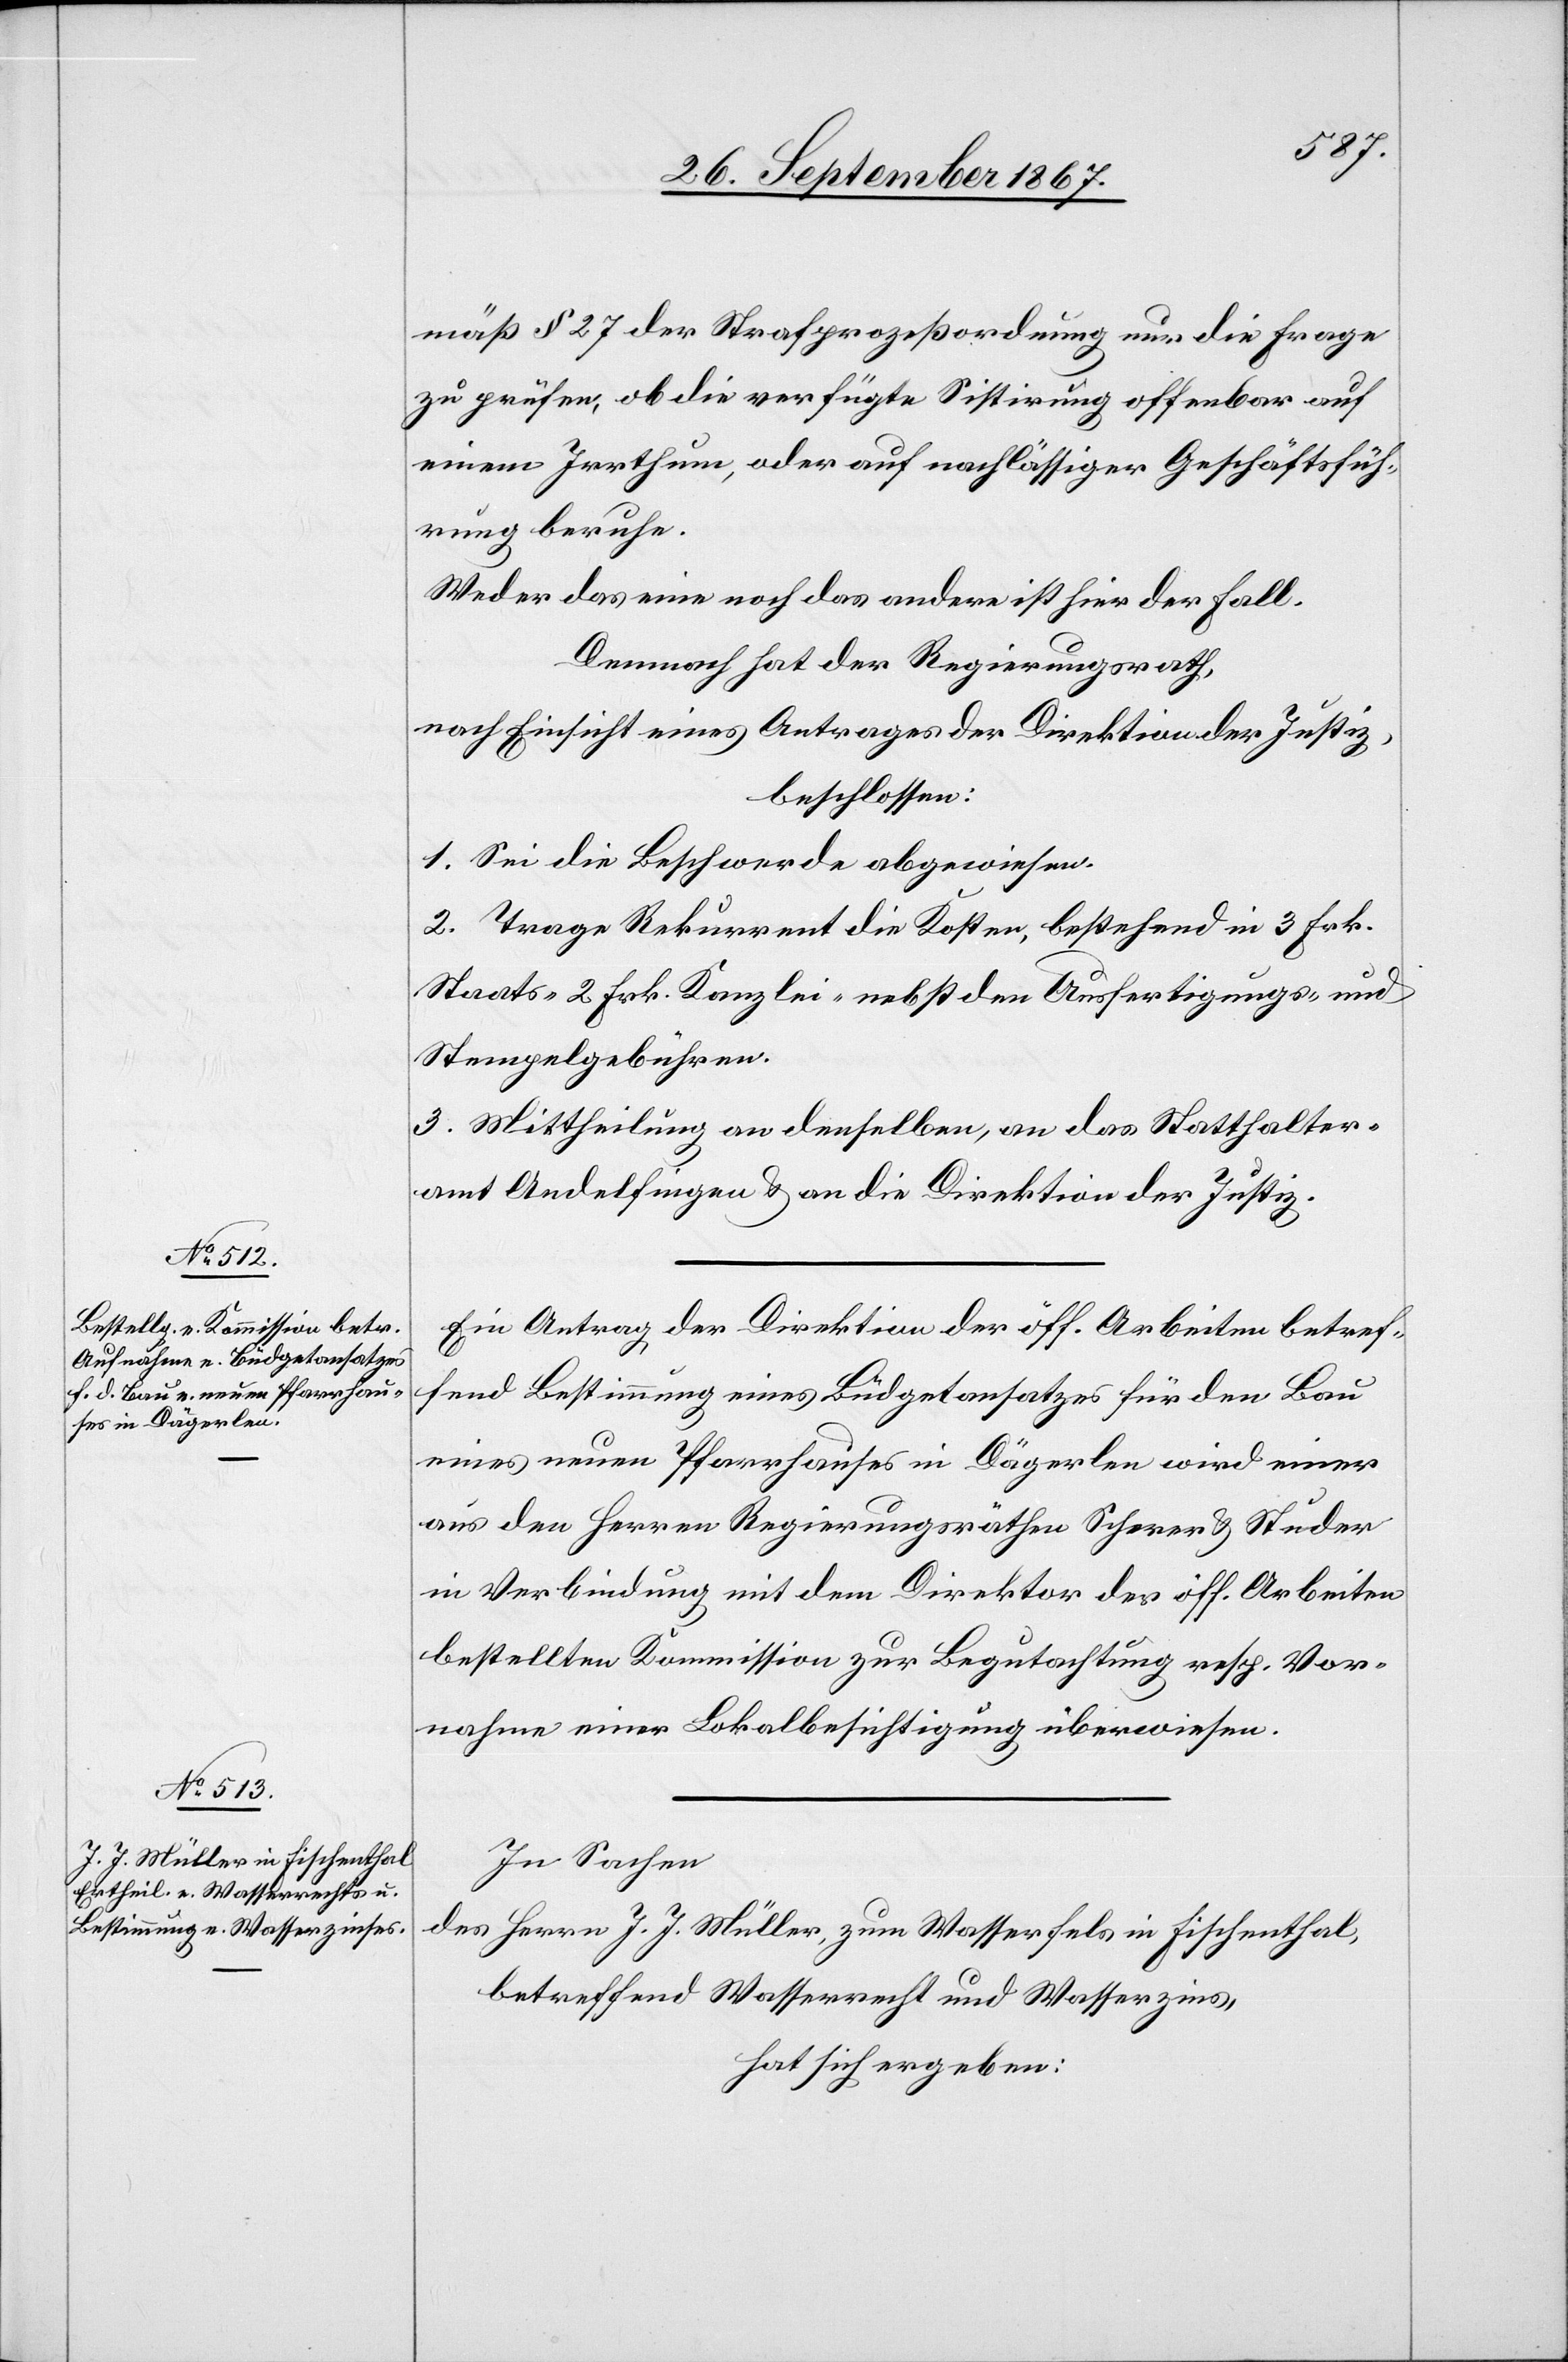
mäß § 27 der Strafprozeßordnung nur die Frage
zu prüfen, ob die verfügte Sistirung offenbar auf
einem Irrthum, oder auf nachlässiger Geschäftsfüh¬
rung beruhe.
Weder das eine noch das andere ist hier der Fall.
Demnach hat der Regierungsrath,
nach Einsicht eines Antrages der Direktion der Justiz,
beschlossen:
1. Sei die Beschwerde abgewiesen.
2. Trage Rekurrent die Kosten, bestehend in 3 Frk.
Staats-[,] 2 Frk. Kanzlei- nebst den Ausfertigungs- und
Stempelgebühren.
3. Mittheilung an denselben, an das Statthalter¬
amt Andelfingen u. an die Direktion der Justiz.
Ein Antrag der Direktion der öff. Arbeiten betref¬
fend Bestimmung eines Büdgetansatzes für den Bau
eines neuen Pfarrhauses in Dägerlen wird einer
aus den Herren Regierungsäthen Scherer u. Studer
in Verbindung mit dem Direktor der öff. Arbeiten
bestellten Kommission zur Begutachtung resp. Vor¬
nahme einer Lokalbesichtigung überwiesen.
In Sachen
des Herrn J. J. Müller, zum Wasserfels in Fischenthal,
betreffend Wasserrecht und Wasserzins,
hat sich ergeben: